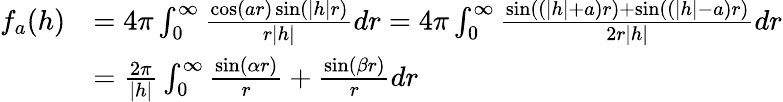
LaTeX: \begin{array}{rl}{f_{a}(h)}&{=4\pi\int_{0}^{\infty}\frac{\cos(ar)\sin(|h|r)}{r|h|}dr=4\pi\int_{0}^{\infty}\frac{\sin((|h|+a)r)+\sin((|h|-a)r)}{2r|h|}dr}\\ &{=\frac{2\pi}{|h|}\int_{0}^{\infty}\frac{\sin(\alpha r)}{r}+\frac{\sin(\beta r)}{r}dr}\end{array}